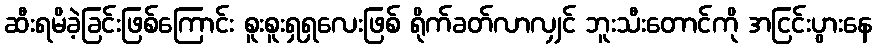
ဆီးရမိခဲ့ခြင်းဖြစ်ကြောင်း စူးစူးရှရှလေးဖြစ် ရိုက်ခတ်လာလျှင် ဘူးသီးတောင်ကို အငြင်းပွားနေ